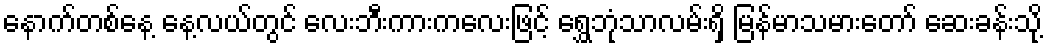
နောက်တစ်နေ့ နေ့လယ်တွင် လေးဘီးကားကလေးဖြင့် ရွှေဘုံသာလမ်းရှိ မြန်မာသမားတော် ဆေးခန်းသို့